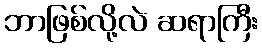
ဘာဖြစ်လို့လဲ ဆရာကြီး